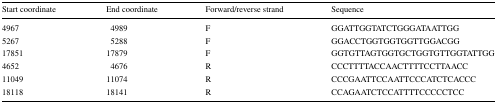
| Start coordinate | End coordinate | Forward/reverse strand | Sequence |
 | --- | --- | --- | --- |
 | 4967 | 4989 | F | GGATTGGTATCTGGGATAATTGG |
 | 5267 | 5288 | F | GGACCTGGTGGTGGTTGGACGG |
 | 17851 | 17879 | F | GGTGTTAGTGGTGCTGGTGTTGGTATTGG |
 | 4652 | 4676 | R | CCCTTTTACCAACTTTTCCTTAACC |
 | 11049 | 11074 | R | CCCGAATTCCAATTCCCATCTCACCC |
 | 18118 | 18141 | R | CCAGAATCTCCATTTTCCCCCTCC |